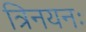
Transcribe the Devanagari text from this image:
त्रिनयनः